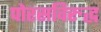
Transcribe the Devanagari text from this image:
पोरसविरुद्ध